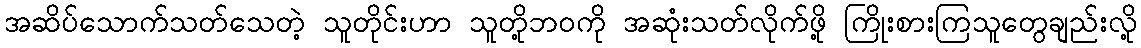
အဆိပ်သောက်သတ်သေတဲ့ သူတိုင်းဟာ သူတို့ဘဝကို အဆုံးသတ်လိုက်ဖို့ ကြိုးစားကြသူတွေချည်းလို့